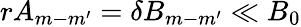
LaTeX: rA_{m-m^{\prime}}=\delta B_{m-m^{\prime}}\ll B_{0}